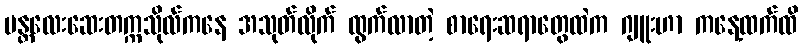
မန္တလေးဆေးတက္ကသိုလ်ကနေ အသုတ်လိုက် ထွက်လာတဲ့ စာရေးဆရာတွေထဲက ဂျူးဟာ ကနေ့ထက်ထိ